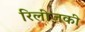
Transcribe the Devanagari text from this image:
रिलीज़की